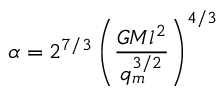
\alpha = 2 ^ { 7 / 3 } \left( \frac { G M l ^ { 2 } } { q _ { m } ^ { 3 / 2 } } \right) ^ { 4 / 3 }